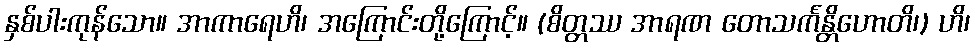
နှစ်ပါးကုန်သော။ အာကာရေဟိ၊ အကြောင်းတို့ကြောင့်။ (စိတ္တဿ အာရဏ တောသင်္ကန္တိဟောတိ၊) ဟိ၊